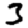
Digit: 3